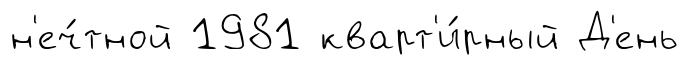
н'еч́тной 1981 кварт'и́рный Д'ень